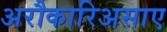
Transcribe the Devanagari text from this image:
अरौकारिअसाए